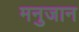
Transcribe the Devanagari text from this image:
मनुजान